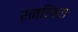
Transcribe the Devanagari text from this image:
सत्खिरा